Indian journal of veterinary science and animal husbandry - Volume 10,
Year: 1940
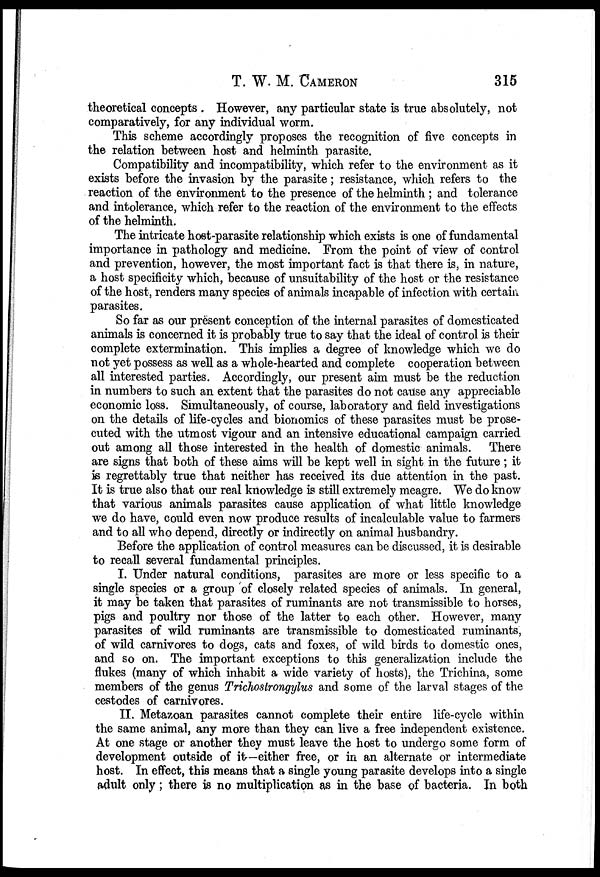
T. W. M.
CAMERON
315
theoretical concepts . However, any particular state is true absolutely, not
comparatively, for any individual worm.
This scheme accordingly proposes the recognition of five concepts in
the relation between host and helminth parasite.
Compatibility and incompatibility, which refer to the environment as it
exists before the invasion by the parasite; resistance, which refers to the
reaction of the environment to the presence of the helminth ; and tolerance
and intolerance, which refer to the reaction of the environment to the effects
of the helminth.
The intricate host-parasite relationship which exists is one of fundamental
importance in pathology and medicine. From the point of view of control
and prevention, however, the most important fact is that there is, in nature,
a host specificity which, because of unsuitability of the host or the resistance
of the host, renders many species of animals incapable of infection with certain
parasites.
So far as our present conception of the internal parasites of domesticated
animals is concerned it is probably true to say that the ideal of control is their
complete extermination. This implies a degree of knowledge which we do
not yet possess as well as a whole-hearted and complete cooperation between
all interested parties. Accordingly, our present aim must be the reduction
in numbers to such an extent that the parasites do not cause any appreciable
economic loss. Simultaneously, of course, laboratory and field investigations
on the details of life-cycles and bionomics of these parasites must be prose-
cuted with the utmost vigour and an intensive educational campaign carried
out among all those interested in the health of domestic animals. There
are signs that both of these aims will be kept well in sight in the future ; it
is regrettably true that neither has received its due attention in the past.
It is true also that our real knowledge is still extremely meagre. We do know
that various animals parasites cause application of what little knowledge
we do have, could even now produce results of incalculable value to farmers
and to all who depend, directly or indirectly on animal husbandry.
Before the application of control measures can be discussed, it is desirable
to recall several fundamental principles.
I. Under natural conditions, parasites are more or less specific to a
single species or a group of closely related species of animals. In general,
it may be taken that parasites of ruminants are not transmissible to horses,
pigs and poultry nor those of the latter to each other. However, many
parasites of wild ruminants are transmissible to domesticated ruminants,
of wild carnivores to dogs, cats and foxes, of wild birds to domestic ones,
and so on. The important exceptions to this generalization include the
flukes (many of which inhabit a wide variety of hosts), the Trichina, some
members of the genus Trichostrongylus and some of the larval stages of the
cestodes of carnivores.
II. Metazoan parasites cannot complete their entire life-cycle within
the same animal, any more than they can live a free independent existence.
At one stage or another they must leave the host to undergo some form of
development outside of it—either free, or in an alternate or intermediate
host. In effect, this means that a single young parasite develops into a single
adult only; there is no multiplication as in the base of bacteria. In both